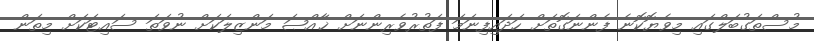
މުސްތަގުބަލްގައި މިވެޔޮކޮނެ ފެންނަގޮތަށް ހަދައިފިނަމަ ފަތުރުވެރިންނަށް ޚާއްޞަ މަންޒިލަކަށް ނުވަތަ ސައިޓަކަށް މިތަން